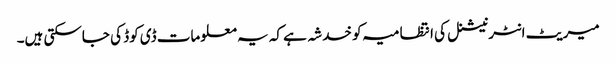
میریٹ انٹرنیشنل کی انتظامیہ کو خدشہ ہے کہ یہ معلومات ڈی کوڈ کی جاسکتی ہیں۔